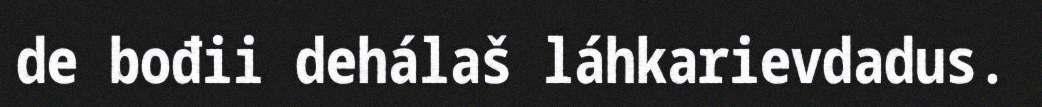
de bođii dehálaš láhkarievdadus.